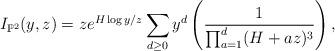
LaTeX: \begin{align*}I_{\mathbb P^2}(y,z)=ze^{H\log y /z}\sum_{d\geq 0}y^{d}\left(\frac{1}{\prod_{a=1}^d(H+az)^3}\right),\end{align*}